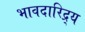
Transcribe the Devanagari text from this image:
भावदारिद्र्य